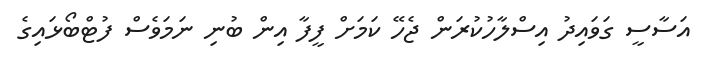
އަސާސީ ގަވައިދު އިސްލާހުކުރަން ޖެހޭ ކަމަށް ފީފާ އިން ބުނި ނަމަވެސް ފުޓްބޯޅައިގެ